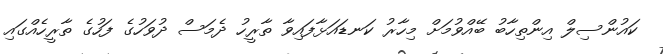
ކައުންސިލް އިންތިހާބު ބޭއްވުމަށް މިހާރު ކަނޑައަޅާފައިވާ ތާރީހު ދެމަސް ދުވަހުގެ ފަހުގެ ތާރީހެއްގައި